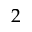
2